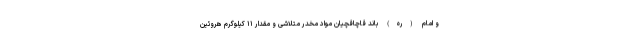
و امام (ره) باند قاچاقچیان مواد مخدر متلاشی و مقدار ۱۱ کیلوگرم هروئین